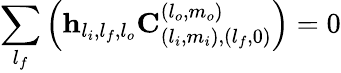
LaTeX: \sum_{l_{f}}\left(\mathbf{h}_{l_{i},l_{f},l_{o}}\mathbf{C}_{(l_{i},m_{i}),(l_{f},0)}^{(l_{o},m_{o})}\right)=0